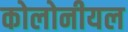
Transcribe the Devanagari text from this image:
कोलोनीयल